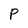
Character: P